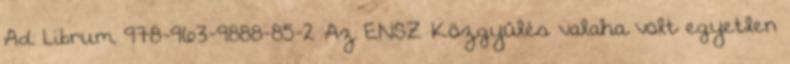
Ad Librum 978-963-9888-85-2 Az ENSZ Közgyűlés valaha volt egyetlen